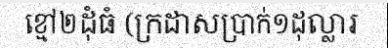
ខ្មៅ២ដុំធំ (ក្រដាសប្រាក់១ដុល្លារ